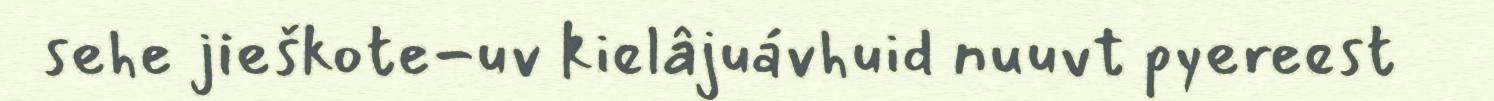
sehe jieškote-uv kielâjuávhuid nuuvt pyereest